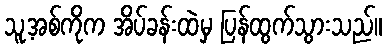
သူ့အစ်ကိုက အိပ်ခန်းထဲမှ ပြန်ထွက်သွားသည်။